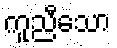
ကူညီသော